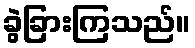
ခွဲခြားကြသည်။